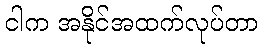
ငါက အနိုင်အထက်လုပ်တာ